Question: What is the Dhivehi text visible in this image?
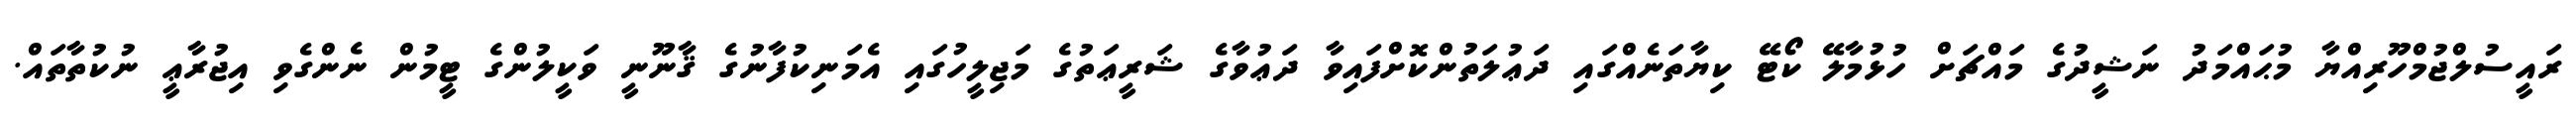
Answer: ރައީސުލްޖުމްހޫރިއްޔާ މުޙައްމަދު ނަޝީދުގެ މައްޗަށް ހުޅުމާލޭ ކޯޓޭ ކިޔާތަނެއްގައި ދަޢުލަތުންކޮށްފައިވާ ދަޢުވާގެ ޝަރީޢަތުގެ މަޖިލީހުގައި އެމަނިކުފާނުގެ ޤާނޫނީ ވަކީލުންގެ ޓީމުން ނެންގެވި އިޖުރާޢީ ނުކުތާތައް.